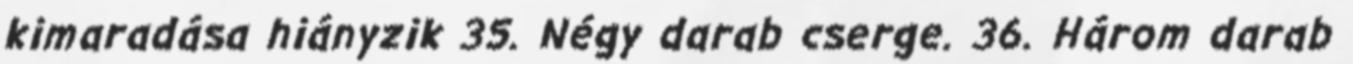
kimaradása hiányzik 35. Négy darab cserge. 36. Három darab